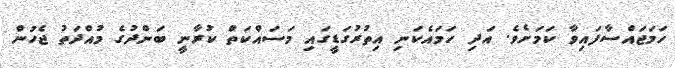
ހަމަޖައްސާފައިވާ ކަމަށެވެ. އަދި ހަމައެކަނި އިތުރުގަޑީގައި މަސައްކަތް ކުރާނީ ބަންދުގެ މުއްދަތު ޖެހުން